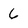
Character: 6